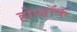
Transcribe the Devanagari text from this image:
होप्पॉक